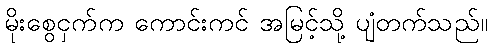
မိုးစွေငှက်က ကောင်းကင် အမြင့်သို့ ပျံတက်သည်။